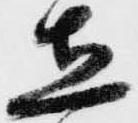
立